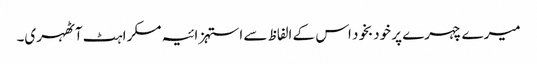
میرے چہرے پر خودبخود اس کے الفاظ سے استہزائیہ مسکراہٹ آٹھہری۔